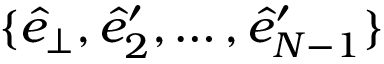
\{ \hat { e } _ { \perp } , \hat { e } _ { 2 } ^ { \prime } , \dots , \hat { e } _ { N - 1 } ^ { \prime } \}